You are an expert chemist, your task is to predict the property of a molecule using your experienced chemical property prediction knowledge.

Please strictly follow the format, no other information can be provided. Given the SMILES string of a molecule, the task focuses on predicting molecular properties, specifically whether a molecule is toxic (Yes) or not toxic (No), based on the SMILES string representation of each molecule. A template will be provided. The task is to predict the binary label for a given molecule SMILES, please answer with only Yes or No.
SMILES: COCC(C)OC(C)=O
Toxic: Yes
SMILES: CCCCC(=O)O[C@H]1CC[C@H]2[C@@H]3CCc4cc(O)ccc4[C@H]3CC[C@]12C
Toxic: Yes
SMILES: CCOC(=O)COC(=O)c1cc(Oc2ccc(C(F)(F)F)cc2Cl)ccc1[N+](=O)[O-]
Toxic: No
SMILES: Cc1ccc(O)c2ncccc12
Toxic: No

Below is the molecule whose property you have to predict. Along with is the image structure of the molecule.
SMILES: N=C(N)N[N+](=O)[O-]
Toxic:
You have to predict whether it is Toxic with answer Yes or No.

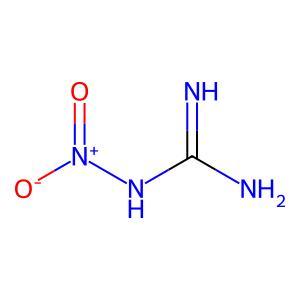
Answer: No